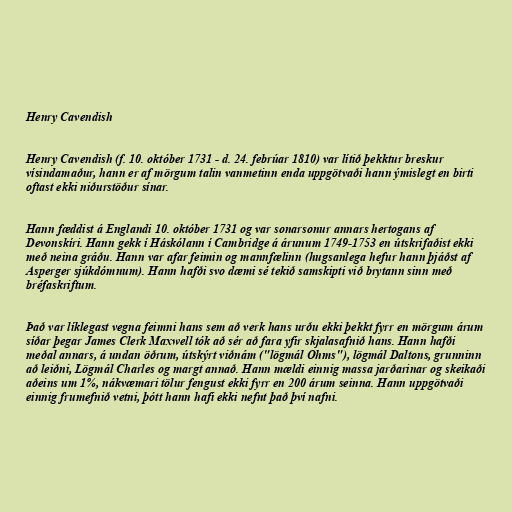
Henry Cavendish

Henry Cavendish (f. 10. október 1731 - d. 24. febrúar 1810) var lítið þekktur breskur
vísindamaður, hann er af mörgum talin vanmetinn enda uppgötvaði hann ýmislegt en birti
oftast ekki niðurstöður sínar.

Hann fæddist á Englandi 10. október 1731 og var sonarsonur annars hertogans af
Devonskíri. Hann gekk í Háskólann í Cambridge á árunum 1749-1753 en útskrifaðist ekki
með neina gráðu. Hann var afar feimin og mannfælinn (hugsanlega hefur hann þjáðst af
Asperger sjúkdómnum). Hann hafði svo dæmi sé tekið samskipti við brytann sinn með
bréfaskriftum.

Það var líklegast vegna feimni hans sem að verk hans urðu ekki þekkt fyrr en mörgum árum
síðar þegar James Clerk Maxwell tók að sér að fara yfir skjalasafnið hans. Hann hafði
meðal annars, á undan öðrum, útskýrt viðnám ("lögmál Ohms"), lögmál Daltons, grunninn
að leiðni, Lögmál Charles og margt annað. Hann mældi einnig massa jarðarinar og skeikaði
aðeins um 1%, nákvæmari tölur fengust ekki fyrr en 200 árum seinna. Hann uppgötvaði
einnig frumefnið vetni, þótt hann hafi ekki nefnt það því nafni.